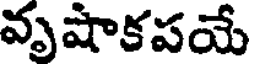
వృషాకపయే